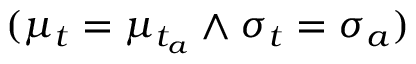
( \mu _ { t } = \mu _ { t _ { a } } \land \sigma _ { t } = \sigma _ { a } )